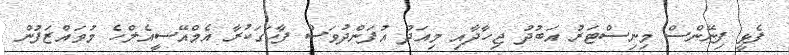
ފެޅީ ފިނޭންސް މިނިސްޓަރު އަބުދު ޖިހާދާއި މިއަދު އުފަންދުވަސް ފާހަގަކުރާ އެމްއޭސީއެލްހެ މުވައްޒަފުން